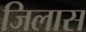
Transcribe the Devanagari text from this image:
जिलास